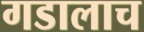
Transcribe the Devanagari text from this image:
गडालाच